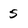
Character: 5